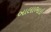
બાલાભાઇ